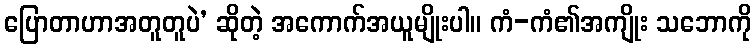
ပြောတာဟာအတူတူပဲ’ ဆိုတဲ့ အကောက်အယူမျိုးပါ။ ကံ-ကံ၏အကျိုး သဘောကို